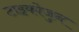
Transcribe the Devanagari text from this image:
टाइकोजुन